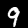
Label: 9